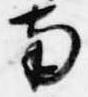
南